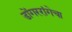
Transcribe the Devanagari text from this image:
डोंगररांगेचा